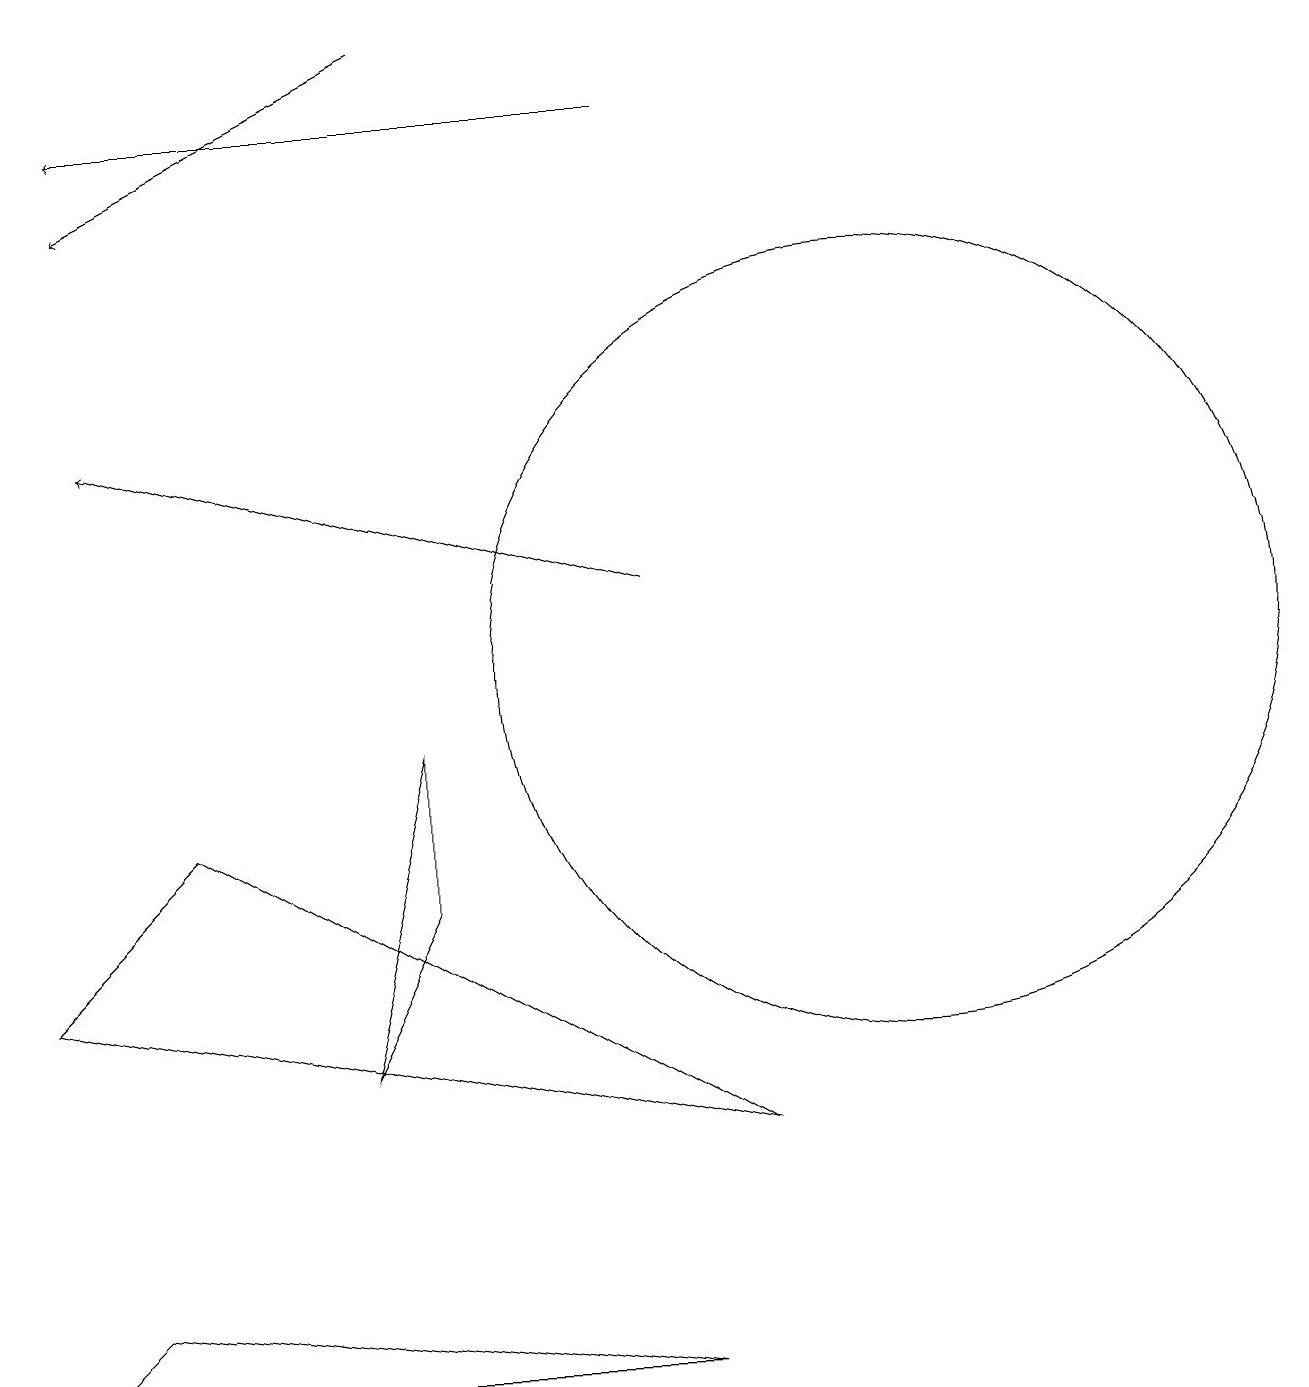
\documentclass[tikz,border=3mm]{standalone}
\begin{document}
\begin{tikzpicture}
\draw[->] (8,11) -- (1,13);
\draw (9,4) -- (2,8) -- (0,6) -- cycle;
\draw (11,10) circle (5);
\draw (5,7) -- (4,5) -- (5,9) -- cycle;
\draw[->] (5,18) -- (1,16);
\draw (0,1) -- (8,1) -- (1,2) -- cycle;
\draw (12,11) circle (0);
\draw[->] (8,17) -- (1,17);
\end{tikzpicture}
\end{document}